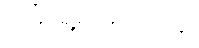
အိမ်ရှေ့မှာမထိုင်ပါနဲ့။